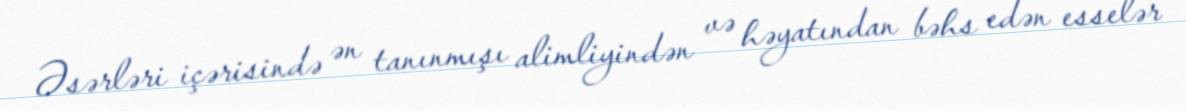
Əsərləri içərisində ən tanınmışı alimliyindən və həyatından bəhs edən esselər